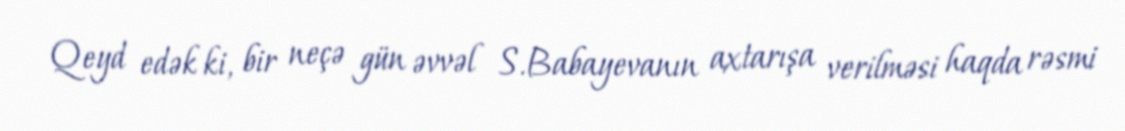
Qeyd edək ki, bir neçə gün əvvəl S.Babayevanın axtarışa verilməsi haqda rəsmi